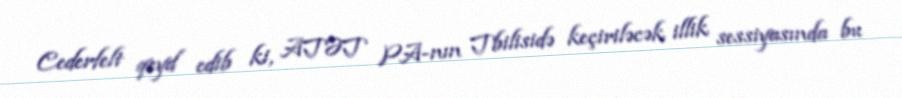
Cederfelt qeyd edib ki, ATƏT PA-nın Tbilisidə keçiriləcək illik sessiyasında bu